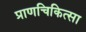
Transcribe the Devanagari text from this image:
प्राणचिकित्सा